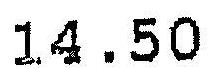
14.50